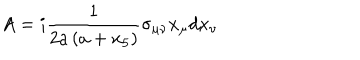
A = i \frac { 1 } { 2 a \left( a + x _ { 5 } \right) } \sigma _ { \mu \nu } x _ { \mu } d x _ { \nu }